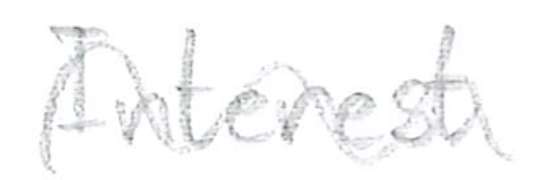
Text: Interest
Cross-out: wave
Writing tool: pencil